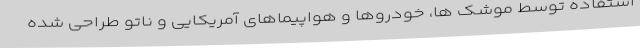
استفاده توسط موشک ها، خودروها و هواپیماهای آمریکایی و ناتو طراحی شده